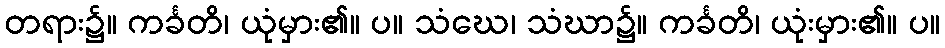
တရား၌။ ကင်္ခတိ၊ ယုံမှား၏။ ပ။ သံဃေ၊ သံဃာ၌။ ကင်္ခတိ၊ ယုံးမှား၏။ ပ။